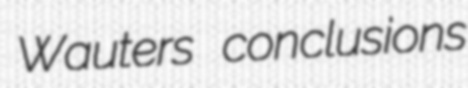
Wauters conclusions